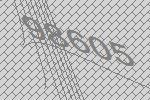
98605